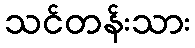
သင်တန်းသား